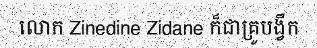
លោក Zinedine Zidane ក៏ជាគ្រូបង្វឹក